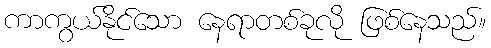
ကာကွယ်နိုင်သော နေရာတစ်ခုလို ဖြစ်နေသည်။